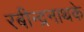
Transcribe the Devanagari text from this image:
रबीन्द्रनाथके